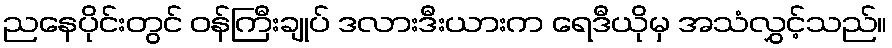
ညနေပိုင်းတွင် ဝန်ကြီးချုပ် ဒလားဒီးယားက ရေဒီယိုမှ အသံလွှင့်သည်။